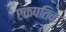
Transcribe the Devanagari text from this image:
एकपतिक